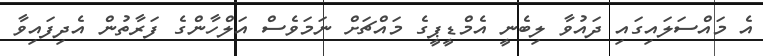
އެ މައްސަލައިގައި ދައުވާ ލިބެނީ އެމްޑީޕީގެ މައްޗަށް ނަމަވެސް އަލްހާންގެ ފަރާތުން އެދިފައިވާ